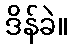
ဒိန်ခဲ။